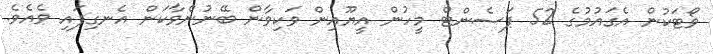
ވޯޓަކުން އެގައުމުގެ 52 ޕަސެންޓް މީހުން އީޔޫއިން ވަކިވާން ބޭނުންވާކަން އެނގިފައި ވެއެވެ.